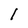
Character: 1